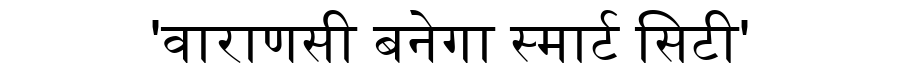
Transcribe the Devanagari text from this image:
'वाराणसी बनेगा स्मार्ट सिटी'